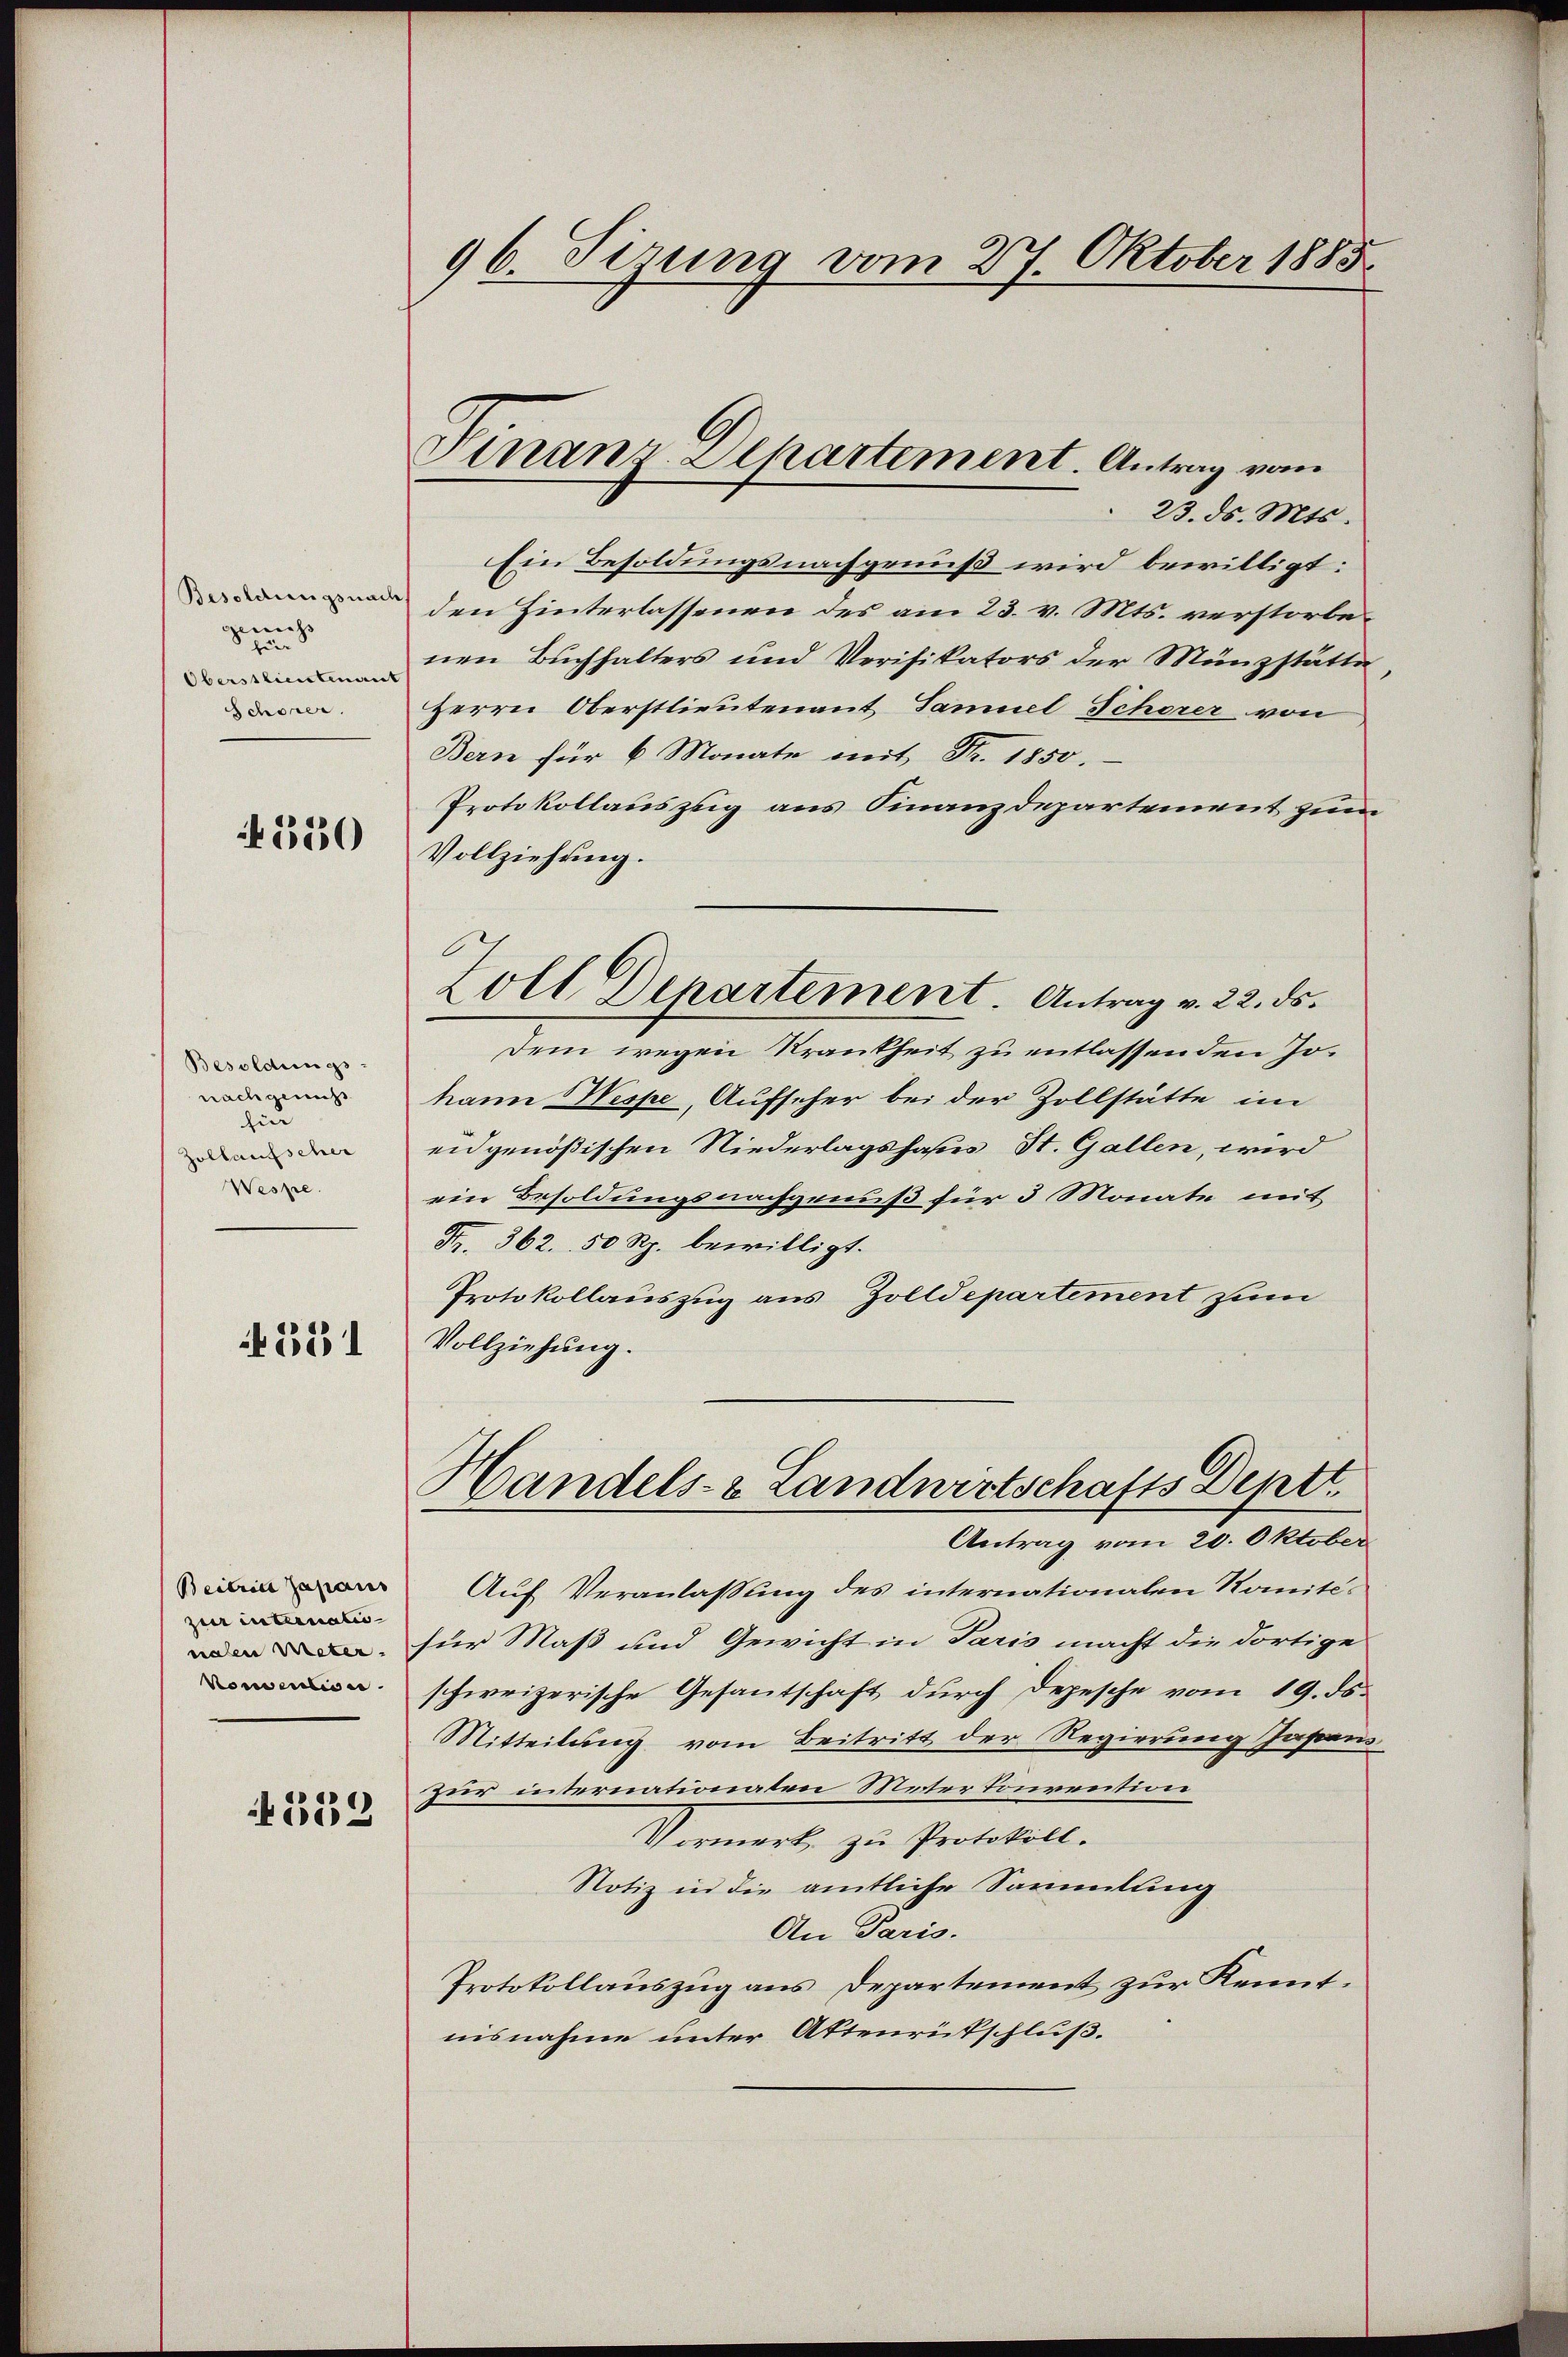
Besoldungsnach
geniess |
für
Oberstlichmant
Schöner.

550

Besoldungs-
nach genuss
zu
Zollaufscher
Wespe

251

Beitria Japans
zur Enterniales- |
nalen Meter.
Komentisc

1132

96 Tirung vom 27. Oktober 1885

Finanz-Atkartement. Antrag vom

23. ds. Mts.
Ein Besoldungsnachgrunß wird bewilligt:
den Hinterlassenen des am 23. v. Mts. verstorbenen Buchhalters und Verifikators der Münzstätte
Herrn Oberstlieutenant Samuel Schorer von
Bern für 6 Monate mit St.
Protokollauszug aus Finanzdepartement zum
Vollziehung.
Dem wegen Krankheit zu entlassenden Johann Wespe, Aufseher bei der Zollstätte im
eidgenößischen Niederlagshaus St. Gallen, wird
ein Besoldungsnachgenuß für 3 Monate mit
Fr. 362. 50 Rp. bewilligt.
Protokollauszug aus Zolldepartement zum
Vollziehung.
Handels- & Landwirtschafts Deptt.
Antrag vom 20. Oktober
Auf Veranlassung des internationalen Komitéfür Maß und Gewicht in Paris macht die dortige
schweizerische Gesantschaft durch Depesche vom 19. ds.
Mitteilung vom Beitritt der Regierung Japan
zur internationaten Meter Tonvention
Vormert, zu Protokoll.
Notiz in die amtliche Sammlung
An Paris.
Protokollauszug aus Departement zur Kennt.
nisnahme unter Aktenrütschluß.

Zoll Departement. Antrag v. 22. ds.